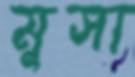
মূসা